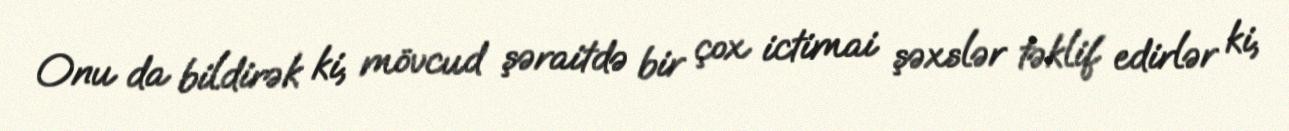
Onu da bildirək ki, mövcud şəraitdə bir çox ictimai şəxslər təklif edirlər ki,